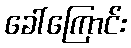
ခေါ်ကြောင်း